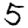
Digit: 5